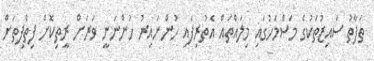
ތަފާތު ސައިޒުތަކުގެ މަސްމަހުގައި މިލައްތައް އެތުރިފައި ހުންނައިރު ހުންނަނީ ވަރަށް ރީތިކޮށް ފިތްފިތަށް